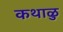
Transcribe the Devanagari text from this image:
कथाळु